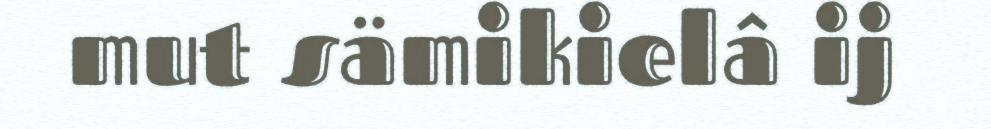
mut sämikielâ ij